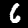
Label: 6